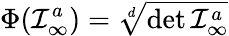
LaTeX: \Phi(\mathcal{I}_{\infty}^{a})=\sqrt[d]{\operatorname*{det}{\cal I}_{\infty}^{a}}